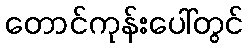
တောင်ကုန်းပေါ်တွင်